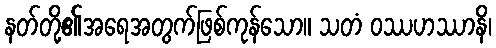
နတ်တို့၏အရေအတွက်ဖြစ်ကုန်သော။ သတံ ဝဿဟဿာနိ၊